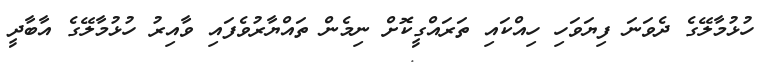
ހުޅުމާލޭގެ ދެވަނަ ފިޔަވަހި ހިއްކައި ތަރައްގީކޮށް ނިމެން ތައްޔާރުވެފައި ވާއިރު ހުޅުމާލޭގެ އާބާދީ